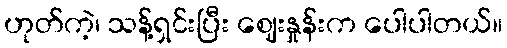
ဟုတ်ကဲ့၊ သန့်ရှင်းပြီး ဈေးနှုန်းက ပေါပါတယ်။